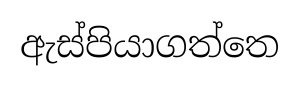
ඇස්පියාගත්තෙ